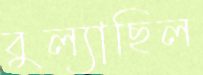
বুল্যাছিল